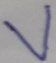
Text: V